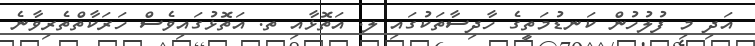
އަދި މި ފުލުހުން ކަނޑުމަތީގެ ހާދިސާތަކުގައި ލ. އަތޮޅާއި ތ. އަތޮޅުގައިވެސް ހަރަކާތްތެރިވާނެ